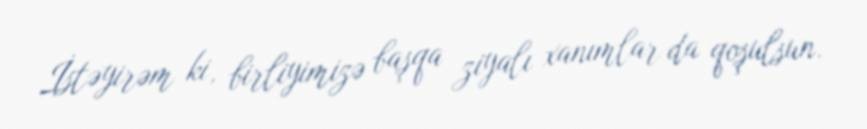
İstəyirəm ki, birliyimizə başqa ziyalı xanımlar da qoşulsun.